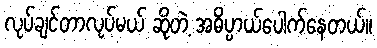
လုပ်ချင်တာလုပ်မယ် ဆိုတဲ့ အဓိပ္ပာယ်ပေါက်နေတယ်။